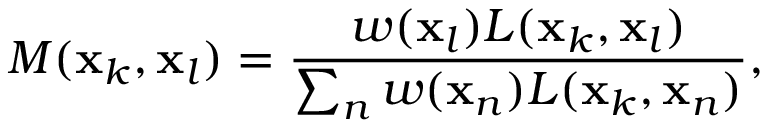
M ( \mathbf { x } _ { k } , \mathbf { x } _ { l } ) = \frac { w ( \mathbf { x } _ { l } ) L ( \mathbf { x } _ { k } , \mathbf { x } _ { l } ) } { \sum _ { n } w ( \mathbf { x } _ { n } ) L ( \mathbf { x } _ { k } , \mathbf { x } _ { n } ) } ,